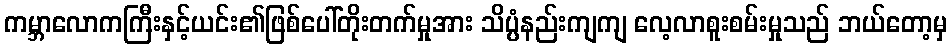
ကမ္ဘာလောကကြီးနှင့်ယင်း၏ဖြစ်ပေါ်တိုးတက်မှုအား သိပ္ပံနည်းကျကျ လေ့လာစူးစမ်းမှုသည် ဘယ်တော့မှ